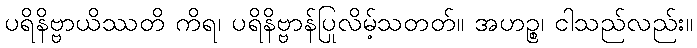
ပရိနိဗ္ဗာယိဿတိ ကိရ၊ ပရိနိဗ္ဗာန်ပြုလိမ့်သတတ်။ အဟဉ္စ၊ ငါသည်လည်း။